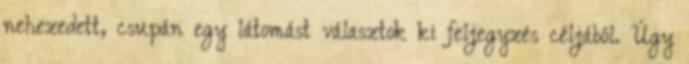
nehezedett, csupán egy látomást választok ki feljegyzés céljából. Úgy